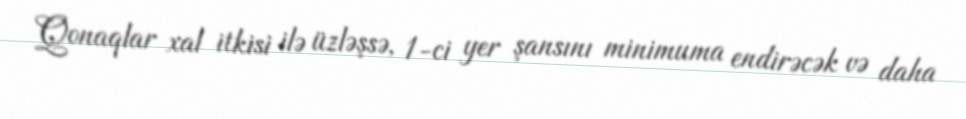
Qonaqlar xal itkisi ilə üzləşsə, 1-ci yer şansını minimuma endirəcək və daha